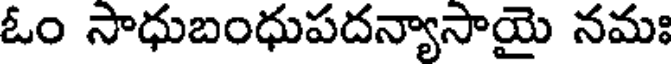
ఓం సాధుబంధుపదన్యాసాయై నమః